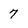
Character: 7